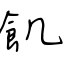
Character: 飢